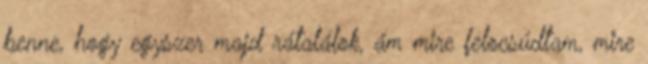
benne, hogy egyszer majd rátalálok, ám mire felocsúdtam, mire